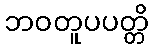
ဘဝတူပပတ္တိ